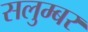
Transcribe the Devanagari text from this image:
सलुम्‍बर